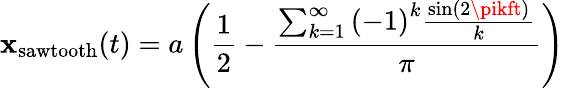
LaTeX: \mathbf{x}_{\mathrm{{sawtooth}}}(t)=a\left({\frac{{1}}{{2}}}-{\frac{{\sum_{k=1}^{\infty}{(-1)}^{k}{\frac{{\sin(2\pikft)}}{{k}}}}}{{\pi}}}\right)